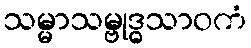
သမ္မာသမ္ဗုဒ္ဓသာဝကံ